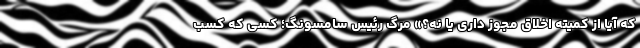
که آیا از کمیته اخلاق مجوز داری یا نه؟» مرگ رئیس سامسونگ؛ کسی که کسب